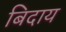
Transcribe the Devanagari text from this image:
बिदाय